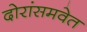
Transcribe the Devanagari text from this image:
दोरांसमवेत